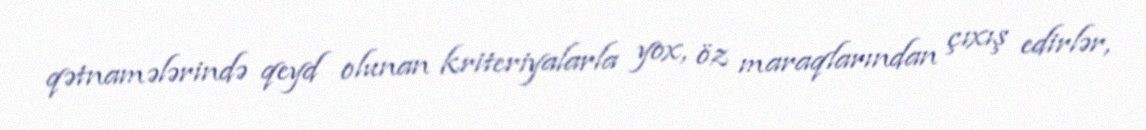
qətnamələrində qeyd olunan kriteriyalarla yox, öz maraqlarından çıxış edirlər,